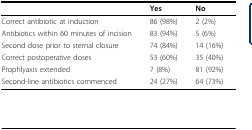
<table><thead><tr><td>[EMPTY_CELL]</td><td><b>Yes</b></td><td><b>No</b></td></tr></thead><tbody><tr><td>Correct antibiotic at induction</td><td>86 (98%)</td><td>2 (2%)</td></tr><tr><td>Antibiotics within 60 minutes of incision</td><td>83 (94%)</td><td>5 (6%)</td></tr><tr><td>Second dose prior to sternal closure</td><td>74 (84%)</td><td>14 (16%)</td></tr><tr><td>Correct postoperative doses</td><td>53 (60%)</td><td>35 (40%)</td></tr><tr><td>Prophlyaxis extended</td><td>7 (8%)</td><td>81 (92%)</td></tr><tr><td>Second-line antibiotics commenced</td><td>24 (27%)</td><td>64 (73%)</td></tr></tbody></table>